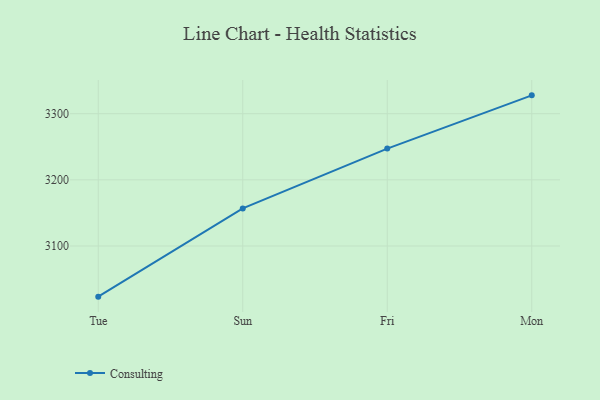
{"axis": {"x": "Day", "y": "Conversion Rate (%)"}, "legend": ["Consulting"], "data": [{"x": "Tue", "y": 3023.4, "type": "Consulting"}, {"x": "Sun", "y": 3156.8, "type": "Consulting"}, {"x": "Fri", "y": 3247.3, "type": "Consulting"}, {"x": "Mon", "y": 3327.8, "type": "Consulting"}]}